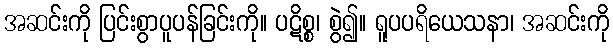
အဆင်းကို ပြင်းစွာပူပန်ခြင်းကို။ ပဋိစ္စ၊ စွဲ၍။ ရူပပရိယေသနာ၊ အဆင်းကို